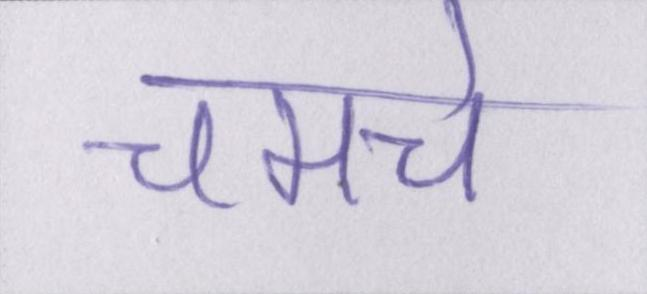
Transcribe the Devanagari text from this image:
चमचे